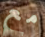
مع